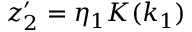
z _ { 2 } ^ { \prime } = \eta _ { 1 } K ( k _ { 1 } )